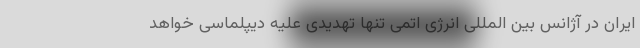
ایران در آژانس بین المللی انرژی اتمی تنها تهدیدی علیه دیپلماسی خواهد